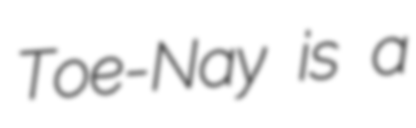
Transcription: Toe-Nay is a